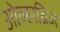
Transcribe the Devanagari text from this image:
ओव्हरब्रिज